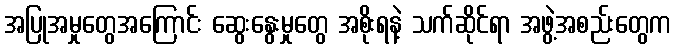
အပြုအမှုတွေအကြောင်း ဆွေးနွေးမှုတွေ အစိုးရနဲ့ သက်ဆိုင်ရာ အဖွဲ့အစည်းတွေက